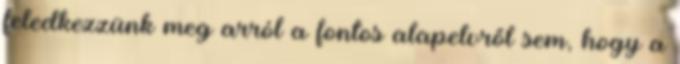
feledkezzünk meg arról a fontos alapelvről sem, hogy a